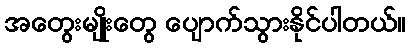
အတွေးမျိုးတွေ ပျောက်သွားနိုင်ပါတယ်။